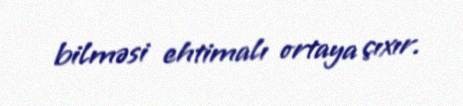
bilməsi ehtimalı ortaya çıxır.